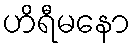
ဟိရီမနော